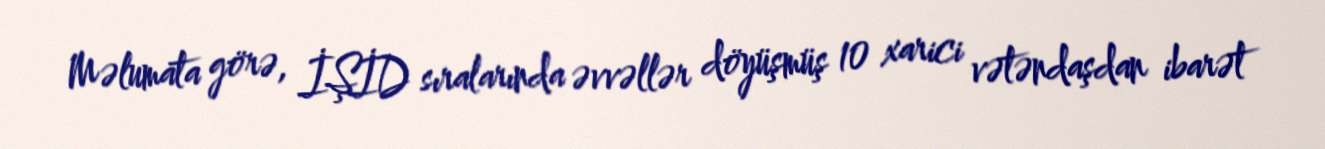
Məlumata görə, İŞİD sıralarında əvvəllər döyüşmüş 10 xarici vətəndaşdan ibarət